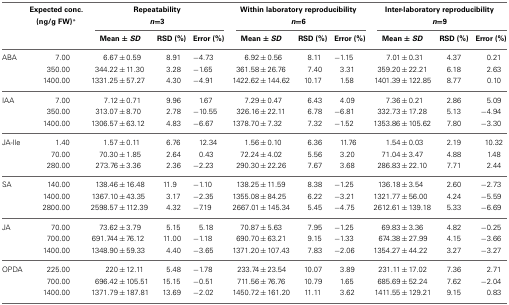
<table><thead><tr><td></td><td><b>Expected conc. (ng/g FW)<sup>*</sup></b></td><td colspan="3"><b>Repeatability <i>n</i> = 3</b></td><td colspan="3"><b>Within laboratory reproducibility <i>n</i> = 6</b></td><td colspan="3"><b>Inter-laboratory reproducibility <i>n</i> = 9</b></td></tr><tr><td></td><td></td><td><b>Mean ± <i>SD</i></b></td><td><b>RSD (%)</b></td><td><b>Error (%)</b></td><td><b>Mean ± <i>SD</i></b></td><td><b>RSD (%)</b></td><td><b>Error (%)</b></td><td><b>Mean ± <i>SD</i></b></td><td><b>RSD (%)</b></td><td><b>Error (%)</b></td></tr></thead><tbody><tr><td>ABA</td><td>7.00</td><td>6.67 ± 0.59</td><td>8.91</td><td>−4.73</td><td>6.92 ± 0.56</td><td>8.11</td><td>−1.15</td><td>7.01 ± 0.31</td><td>4.37</td><td>0.21</td></tr><tr><td></td><td>350.00</td><td>344.22 ± 11.30</td><td>3.28</td><td>−1.65</td><td>361.58 ± 26.76</td><td>7.40</td><td>3.31</td><td>359.20 ± 22.21</td><td>6.18</td><td>2.63</td></tr><tr><td></td><td>1400.00</td><td>1331.25 ± 57.27</td><td>4.30</td><td>−4.91</td><td>1422.62 ± 144.62</td><td>10.17</td><td>1.58</td><td>1401.39 ± 122.85</td><td>8.77</td><td>0.10</td></tr><tr><td>IAA</td><td>7.00</td><td>7.12 ± 0.71</td><td>9.96</td><td>1.67</td><td>7.29 ± 0.47</td><td>6.43</td><td>4.09</td><td>7.36 ± 0.21</td><td>2.86</td><td>5.09</td></tr><tr><td></td><td>350.00</td><td>313.07 ± 8.70</td><td>2.78</td><td>−10.55</td><td>326.16 ± 22.11</td><td>6.78</td><td>−6.81</td><td>332.73 ± 17.28</td><td>5.13</td><td>−4.94</td></tr><tr><td></td><td>1400.00</td><td>1306.57 ± 63.12</td><td>4.83</td><td>−6.67</td><td>1378.70 ± 7.32</td><td>7.32</td><td>−1.52</td><td>1353.86 ± 105.62</td><td>7.80</td><td>−3.30</td></tr><tr><td>JA-Ile</td><td>1.40</td><td>1.57 ± 0.11</td><td>6.76</td><td>12.34</td><td>1.56 ± 0.10</td><td>6.36</td><td>11.76</td><td>1.54 ± 0.03</td><td>2.19</td><td>10.32</td></tr><tr><td></td><td>70.00</td><td>70.30 ± 1.85</td><td>2.64</td><td>0.43</td><td>72.24 ± 4.02</td><td>5.56</td><td>3.20</td><td>71.04 ± 3.47</td><td>4.88</td><td>1.48</td></tr><tr><td></td><td>280.00</td><td>273.76 ± 3.36</td><td>2.36</td><td>−2.23</td><td>290.30 ± 22.26</td><td>7.67</td><td>3.68</td><td>286.83 ± 22.10</td><td>7.71</td><td>2.44</td></tr><tr><td>SA</td><td>140.00</td><td>138.46 ± 16.48</td><td>11.9</td><td>−1.10</td><td>138.25 ± 11.59</td><td>8.38</td><td>−1.25</td><td>136.18 ± 3.54</td><td>2.60</td><td>−2.73</td></tr><tr><td></td><td>1400.00</td><td>1367.10 ± 43.35</td><td>3.17</td><td>−2.35</td><td>1355.08 ± 84.25</td><td>6.22</td><td>−3.21</td><td>1321.77 ± 56.00</td><td>4.24</td><td>−5.59</td></tr><tr><td></td><td>2800.00</td><td>2598.57 ± 112.39</td><td>4.32</td><td>−7.19</td><td>2667.01 ± 145.34</td><td>5.45</td><td>−4.75</td><td>2612.61 ± 139.18</td><td>5.33</td><td>−6.69</td></tr><tr><td>JA</td><td>70.00</td><td>73.62 ± 3.79</td><td>5.15</td><td>5.18</td><td>70.87 ± 5.63</td><td>7.95</td><td>−1.25</td><td>69.83 ± 3.36</td><td>4.82</td><td>−0.25</td></tr><tr><td></td><td>700.00</td><td>691.744 ± 76.12</td><td>11.00</td><td>−1.18</td><td>690.70 ± 63.21</td><td>9.15</td><td>−1.33</td><td>674.38 ± 27.99</td><td>4.15</td><td>−3.66</td></tr><tr><td></td><td>1400.00</td><td>1348.90 ± 59.33</td><td>4.40</td><td>−3.65</td><td>1371.20 ± 107.43</td><td>7.83</td><td>−2.06</td><td>1354.27 ± 44.22</td><td>3.27</td><td>−3.27</td></tr><tr><td>OPDA</td><td>225.00</td><td>220 ± 12.11</td><td>5.48</td><td>−1.78</td><td>233.74 ± 23.54</td><td>10.07</td><td>3.89</td><td>231.11 ± 17.02</td><td>7.36</td><td>2.71</td></tr><tr><td></td><td>700.00</td><td>696.42 ± 105.51</td><td>15.15</td><td>−0.51</td><td>711.56 ± 76.76</td><td>10.79</td><td>1.65</td><td>685.69 ± 52.24</td><td>7.62</td><td>−2.04</td></tr><tr><td></td><td>1400.00</td><td>1371.79 ± 187.81</td><td>13.69</td><td>−2.02</td><td>1450.72 ± 161.20</td><td>11.11</td><td>3.62</td><td>1411.55 ± 129.21</td><td>9.15</td><td>0.83</td></tr></tbody></table>